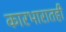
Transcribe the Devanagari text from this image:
कारभारातही